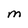
Character: M